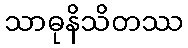
သာဓုနိသိတဿ